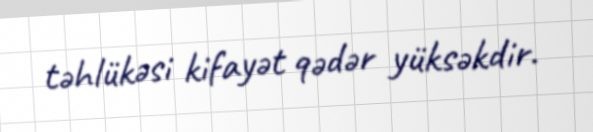
təhlükəsi kifayət qədər yüksəkdir.